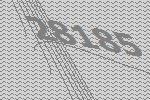
28185